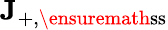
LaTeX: \mathbf{J}_{+,\ensuremath{\mathrm{ss}}}